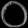
Digit: ၀